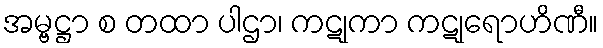
အမ္ဗဋ္ဌာ စ တထာ ပါဌာ၊ ကဋုကာ ကဋုရောဟိဏီ။